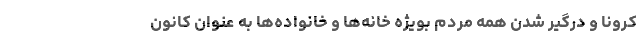
کرونا و درگیر شدن همه‌ مردم بویژه خانه‌ها و خانواده‌ها به عنوان کانون